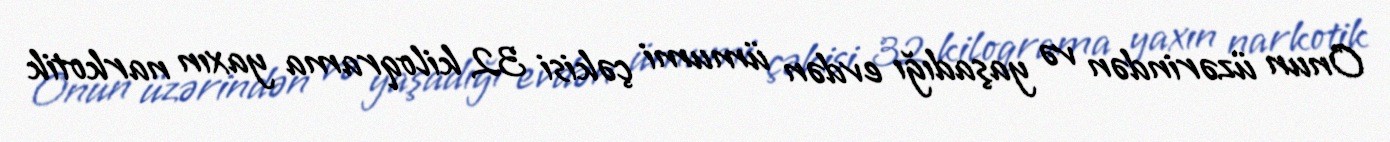
Onun üzərindən və yaşadığı evdən ümumi çəkisi 32 kiloqrama yaxın narkotik